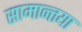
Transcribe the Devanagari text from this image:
सामान्तया